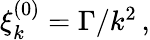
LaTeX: \begin{array}{r}{\xi_{k}^{(0)}=\Gamma/k^{2}\, ,}\end{array}